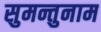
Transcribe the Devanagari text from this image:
सुमन्तुनाम